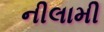
નીલામી